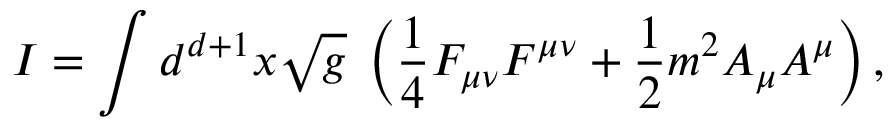
I = \int d ^ { d + 1 } x \sqrt g \; \left( { \frac { 1 } { 4 } } { \cal F } _ { \mu \nu } { \cal F } ^ { \mu \nu } + { \frac { 1 } { 2 } } m ^ { 2 } { \cal A } _ { \mu } { \cal A } ^ { \mu } \right) ,